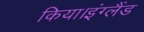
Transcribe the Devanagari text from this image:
किया।इंग्लैंड